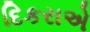
દિકરાએ